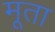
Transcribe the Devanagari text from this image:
मूता